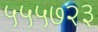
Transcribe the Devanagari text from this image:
५५५७२३